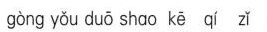
gòng yǒu duō shao kē qí zǐ